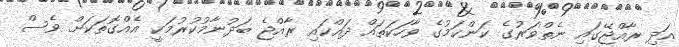
އަދި ރާއްޖޭގައި ނެތްވަރުގެ ކަންކަމުގެ ވާހަކަތައް ދައްކައި ރާއްޖެ ބަދުނާމުކުރުމަކީ އެއްގޮތަކަށް ވެސް